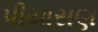
પીયાસણ